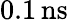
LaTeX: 0.1\, \mathrm{ns}